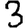
Digit: 3